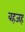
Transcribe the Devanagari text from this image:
वहजह